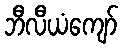
ဘီလီယံကျော်